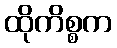
ထိုကိစ္စက